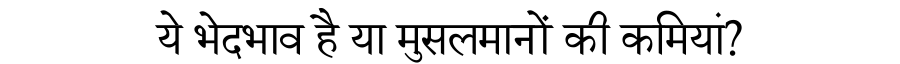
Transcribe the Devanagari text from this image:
ये भेदभाव है या मुसलमानों की कमियां?